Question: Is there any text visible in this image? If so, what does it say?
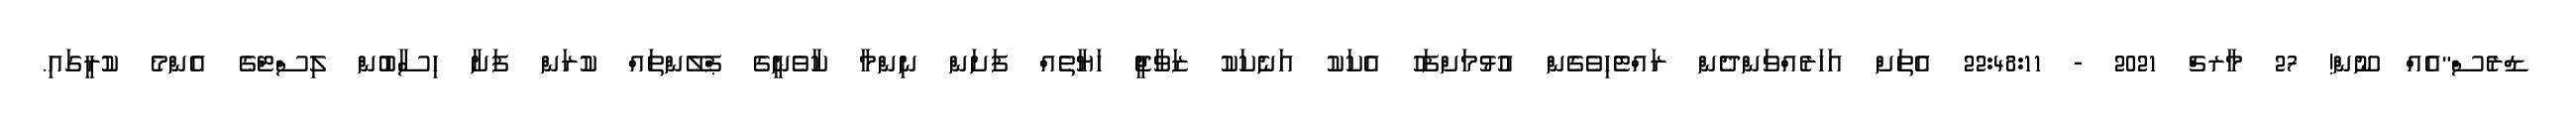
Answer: ޑްރެސް"އެއް ނޫން! 27 މާރޗް 2021 - 22:48:11 އެތަށް އަހަރެއްވަންދެން ރައްޓެހިވެގެން އުޅުމަށްފަހު އެކަކު އަނެކަކު ޒަވާޖީ ހަޔާތެއް ފަށަން ނިންމާ ކާވެނީގެ ޕްލޭންތައް ކުރަން ފަށާ ހިސާބުން ލިސްޓްގެ އެންމެ ކުރީގައި.